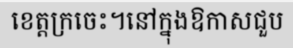
ខេត្តក្រចេះ។នៅក្នុងឱកាសជួប